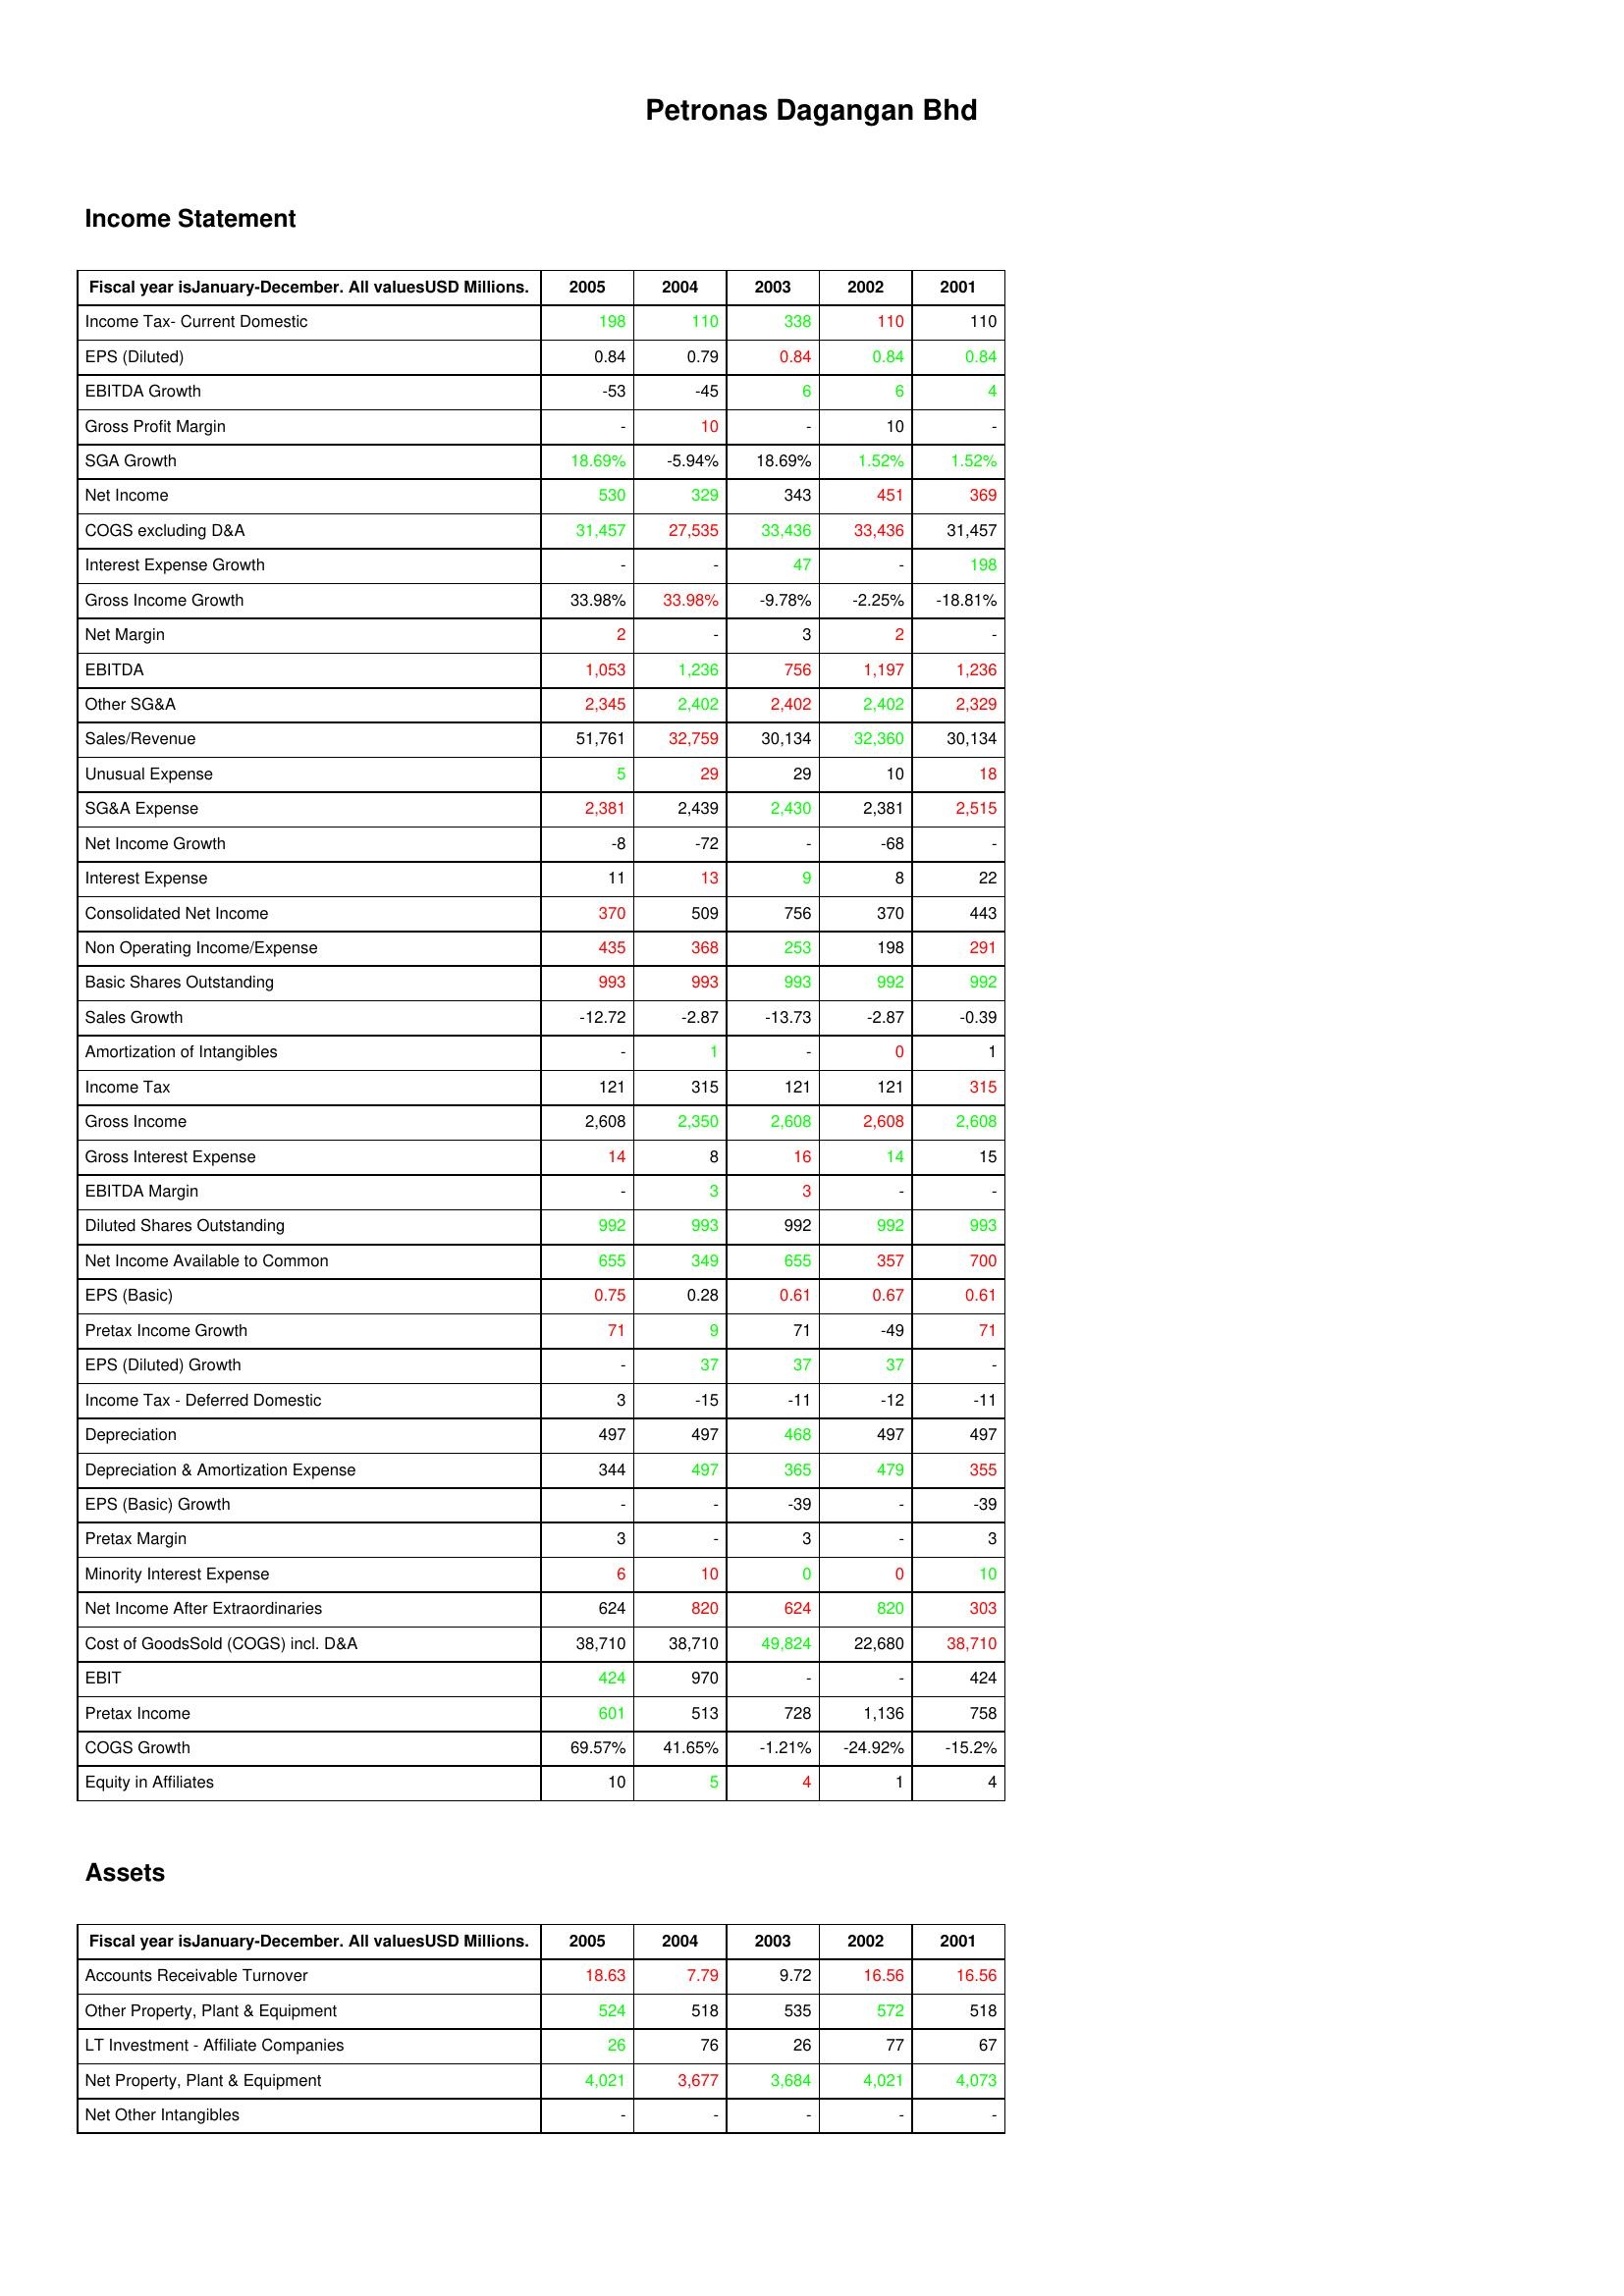
gt_parse: 2005: Income Statement: Income Tax- Current Domestic: 198
EPS (Diluted): 0.84
EBITDA Growth: -53
Gross Profit Margin: -
SGA Growth: 18.69%
Net Income: 530
COGS excluding D&A: 31,457
Interest Expense Growth: -
Gross Income Growth: 33.98%
Net Margin: 2
EBITDA: 1,053
Other SG&A: 2,345
Sales/Revenue: 51,761
Unusual Expense: 5
SG&A Expense: 2,381
Net Income Growth: -8
Interest Expense: 11
Consolidated Net Income: 370
Non Operating Income/Expense: 435
Basic Shares Outstanding: 993
Sales Growth: -12.72
Amortization of Intangibles: -
Income Tax: 121
Gross Income: 2,608
Gross Interest Expense: 14
EBITDA Margin: -
Diluted Shares Outstanding: 992
Net Income Available to Common: 655
EPS (Basic): 0.75
Pretax Income Growth: 71
EPS (Diluted) Growth: -
Income Tax - Deferred Domestic: 3
Depreciation: 497
Depreciation & Amortization Expense: 344
EPS (Basic) Growth: -
Pretax Margin: 3
Minority Interest Expense: 6
Net Income After Extraordinaries: 624
Cost of GoodsSold (COGS) incl. D&A: 38,710
EBIT: 424
Pretax Income: 601
COGS Growth: 69.57%
Equity in Affiliates: 10
Assets: Accounts Receivable Turnover: 18.63
Other Property, Plant & Equipment: 524
LT Investment - Affiliate Companies: 26
Net Property, Plant & Equipment: 4,021
Net Other Intangibles: -
2004: Income Statement: Income Tax- Current Domestic: 110
EPS (Diluted): 0.79
EBITDA Growth: -45
Gross Profit Margin: 10
SGA Growth: -5.94%
Net Income: 329
COGS excluding D&A: 27,535
Interest Expense Growth: -
Gross Income Growth: 33.98%
Net Margin: -
EBITDA: 1,236
Other SG&A: 2,402
Sales/Revenue: 32,759
Unusual Expense: 29
SG&A Expense: 2,439
Net Income Growth: -72
Interest Expense: 13
Consolidated Net Income: 509
Non Operating Income/Expense: 368
Basic Shares Outstanding: 993
Sales Growth: -2.87
Amortization of Intangibles: 1
Income Tax: 315
Gross Income: 2,350
Gross Interest Expense: 8
EBITDA Margin: 3
Diluted Shares Outstanding: 993
Net Income Available to Common: 349
EPS (Basic): 0.28
Pretax Income Growth: 9
EPS (Diluted) Growth: 37
Income Tax - Deferred Domestic: -15
Depreciation: 497
Depreciation & Amortization Expense: 497
EPS (Basic) Growth: -
Pretax Margin: -
Minority Interest Expense: 10
Net Income After Extraordinaries: 820
Cost of GoodsSold (COGS) incl. D&A: 38,710
EBIT: 970
Pretax Income: 513
COGS Growth: 41.65%
Equity in Affiliates: 5
Assets: Accounts Receivable Turnover: 7.79
Other Property, Plant & Equipment: 518
LT Investment - Affiliate Companies: 76
Net Property, Plant & Equipment: 3,677
Net Other Intangibles: -
2003: Income Statement: Income Tax- Current Domestic: 338
EPS (Diluted): 0.84
EBITDA Growth: 6
Gross Profit Margin: -
SGA Growth: 18.69%
Net Income: 343
COGS excluding D&A: 33,436
Interest Expense Growth: 47
Gross Income Growth: -9.78%
Net Margin: 3
EBITDA: 756
Other SG&A: 2,402
Sales/Revenue: 30,134
Unusual Expense: 29
SG&A Expense: 2,430
Net Income Growth: -
Interest Expense: 9
Consolidated Net Income: 756
Non Operating Income/Expense: 253
Basic Shares Outstanding: 993
Sales Growth: -13.73
Amortization of Intangibles: -
Income Tax: 121
Gross Income: 2,608
Gross Interest Expense: 16
EBITDA Margin: 3
Diluted Shares Outstanding: 992
Net Income Available to Common: 655
EPS (Basic): 0.61
Pretax Income Growth: 71
EPS (Diluted) Growth: 37
Income Tax - Deferred Domestic: -11
Depreciation: 468
Depreciation & Amortization Expense: 365
EPS (Basic) Growth: -39
Pretax Margin: 3
Minority Interest Expense: 0
Net Income After Extraordinaries: 624
Cost of GoodsSold (COGS) incl. D&A: 49,824
EBIT: -
Pretax Income: 728
COGS Growth: -1.21%
Equity in Affiliates: 4
Assets: Accounts Receivable Turnover: 9.72
Other Property, Plant & Equipment: 535
LT Investment - Affiliate Companies: 26
Net Property, Plant & Equipment: 3,684
Net Other Intangibles: -
2002: Income Statement: Income Tax- Current Domestic: 110
EPS (Diluted): 0.84
EBITDA Growth: 6
Gross Profit Margin: 10
SGA Growth: 1.52%
Net Income: 451
COGS excluding D&A: 33,436
Interest Expense Growth: -
Gross Income Growth: -2.25%
Net Margin: 2
EBITDA: 1,197
Other SG&A: 2,402
Sales/Revenue: 32,360
Unusual Expense: 10
SG&A Expense: 2,381
Net Income Growth: -68
Interest Expense: 8
Consolidated Net Income: 370
Non Operating Income/Expense: 198
Basic Shares Outstanding: 992
Sales Growth: -2.87
Amortization of Intangibles: 0
Income Tax: 121
Gross Income: 2,608
Gross Interest Expense: 14
EBITDA Margin: -
Diluted Shares Outstanding: 992
Net Income Available to Common: 357
EPS (Basic): 0.67
Pretax Income Growth: -49
EPS (Diluted) Growth: 37
Income Tax - Deferred Domestic: -12
Depreciation: 497
Depreciation & Amortization Expense: 479
EPS (Basic) Growth: -
Pretax Margin: -
Minority Interest Expense: 0
Net Income After Extraordinaries: 820
Cost of GoodsSold (COGS) incl. D&A: 22,680
EBIT: -
Pretax Income: 1,136
COGS Growth: -24.92%
Equity in Affiliates: 1
Assets: Accounts Receivable Turnover: 16.56
Other Property, Plant & Equipment: 572
LT Investment - Affiliate Companies: 77
Net Property, Plant & Equipment: 4,021
Net Other Intangibles: -
2001: Income Statement: Income Tax- Current Domestic: 110
EPS (Diluted): 0.84
EBITDA Growth: 4
Gross Profit Margin: -
SGA Growth: 1.52%
Net Income: 369
COGS excluding D&A: 31,457
Interest Expense Growth: 198
Gross Income Growth: -18.81%
Net Margin: -
EBITDA: 1,236
Other SG&A: 2,329
Sales/Revenue: 30,134
Unusual Expense: 18
SG&A Expense: 2,515
Net Income Growth: -
Interest Expense: 22
Consolidated Net Income: 443
Non Operating Income/Expense: 291
Basic Shares Outstanding: 992
Sales Growth: -0.39
Amortization of Intangibles: 1
Income Tax: 315
Gross Income: 2,608
Gross Interest Expense: 15
EBITDA Margin: -
Diluted Shares Outstanding: 993
Net Income Available to Common: 700
EPS (Basic): 0.61
Pretax Income Growth: 71
EPS (Diluted) Growth: -
Income Tax - Deferred Domestic: -11
Depreciation: 497
Depreciation & Amortization Expense: 355
EPS (Basic) Growth: -39
Pretax Margin: 3
Minority Interest Expense: 10
Net Income After Extraordinaries: 303
Cost of GoodsSold (COGS) incl. D&A: 38,710
EBIT: 424
Pretax Income: 758
COGS Growth: -15.2%
Equity in Affiliates: 4
Assets: Accounts Receivable Turnover: 16.56
Other Property, Plant & Equipment: 518
LT Investment - Affiliate Companies: 67
Net Property, Plant & Equipment: 4,073
Net Other Intangibles: -